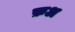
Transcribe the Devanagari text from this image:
फ़अ